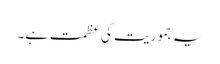
یہ جموریت کی عظمت ہے۔